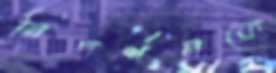
নিদর্শনকে